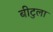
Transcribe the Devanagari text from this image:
बीटुला